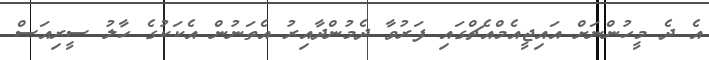
އެ ދެ މީހުންނަށް އައިޖީއެމްއެޗްގައި ފަރުވާ ދެމުންދާއިރު އެތަނުން އެކަކުގެ ހާލު ސީރިއަސް